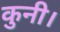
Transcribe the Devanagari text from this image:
कुनी।